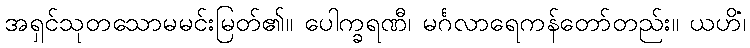
အရှင်သုတသောမမင်းမြတ်၏။ ပေါက္ခရဏီ၊ မင်္ဂလာရေကန်တော်တည်း။ ယဟိံ၊